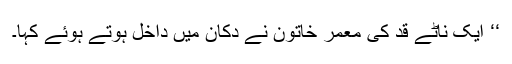
‘‘ ایک ناٹے قد کی معمر خاتون نے دُکان میں داخل ہوتے ہوئے کہا۔